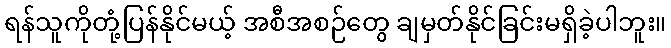
ရန်သူကိုတုံ့ပြန်နိုင်မယ့် အစီအစဉ်တွေ ချမှတ်နိုင်ခြင်းမရှိခဲ့ပါဘူး။